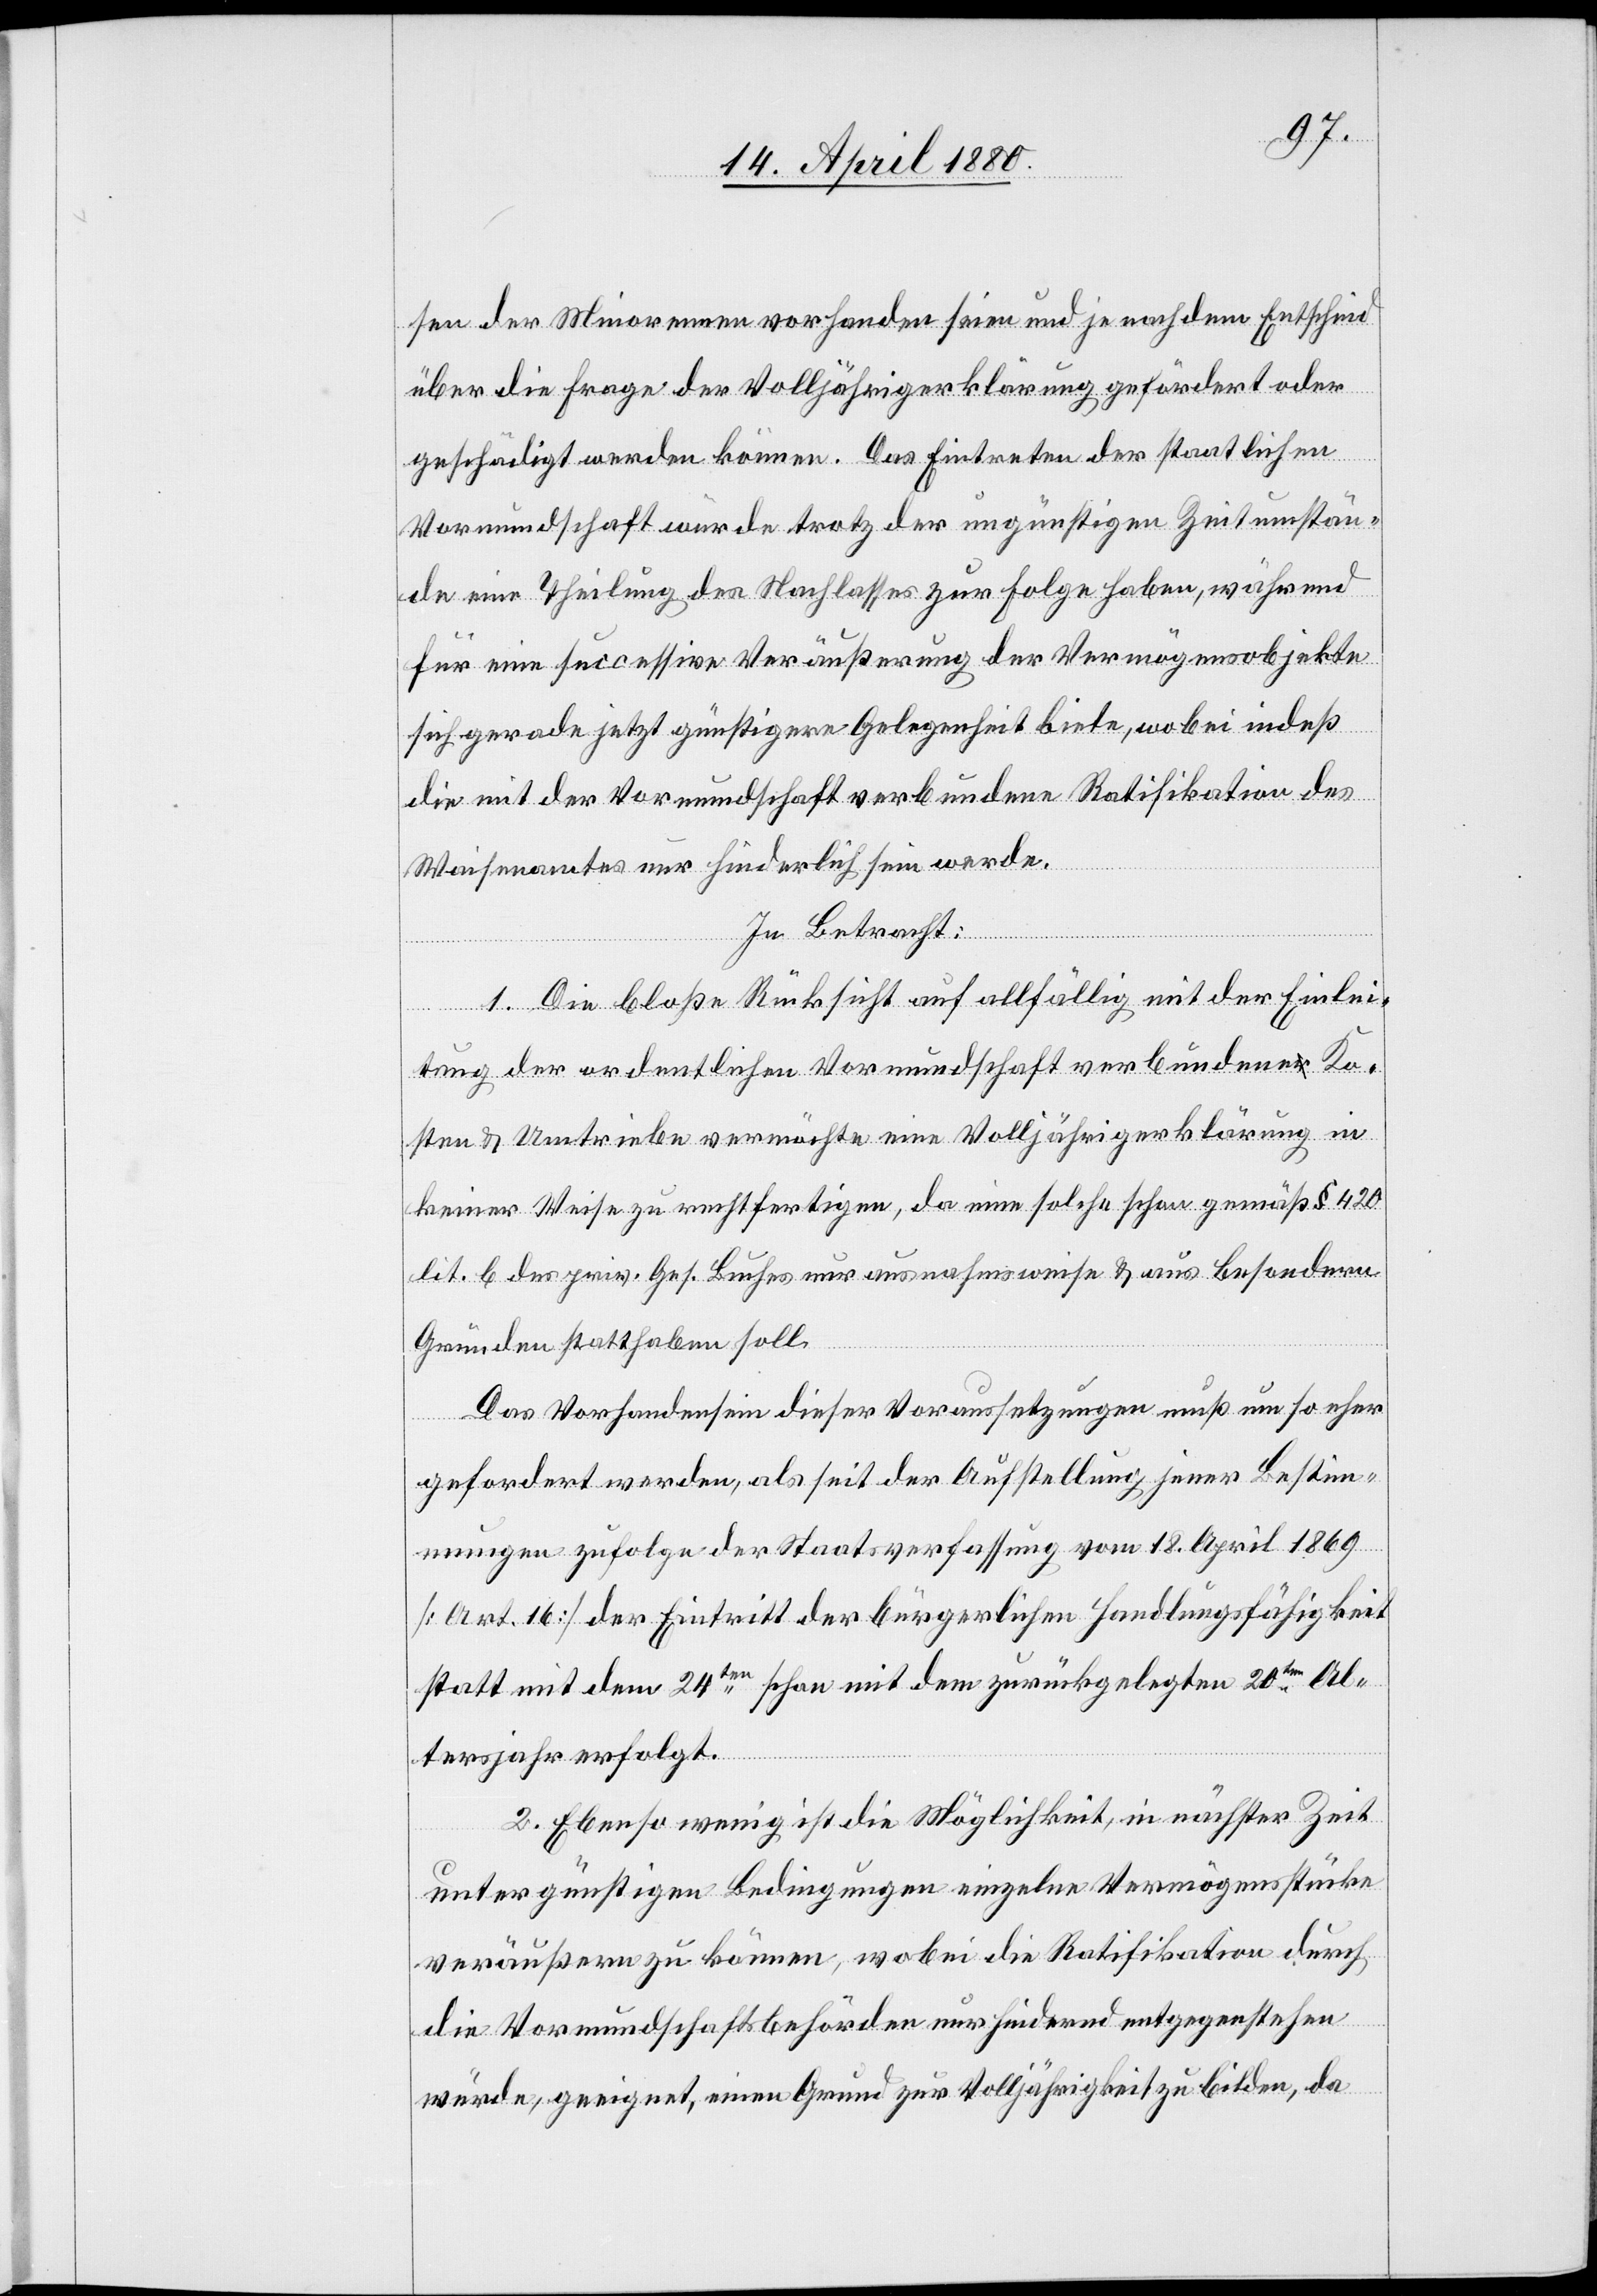
sen der Minorenen vorhanden seien und je nach dem Entscheid
über die Frage der Volljährigkeiterklärung gefördert oder
geschädigt werden können. Das Eintreten der staatlichen
Vormundschaft würde trotz der ungünstigen Zeitumstän¬
de eine Theilung des Nachlasses zur Folge habe, während
für eine successive Veräußerung der Vermögensobjekte
sich gerade jetzt günstigere Gelegenheit biete, wobei indeß
die mit der Vormundschaft verbundene Ratifikation des
Waisenamtes nur hinderlich sein werde.
In Betracht:
1. Die bloße Rücksicht auf allfällig mit der Einlei¬
tung der ordentlichen Vormundschaft verbundene Ko¬
sten & Umtriebe vermöchte eine Volljährigkeitserklärung in
keiner Weise zu rechtfertigen, da eine solche schon gemäß § 420
lit. b des priv. Ges. Buches nur ausnahmsweise & aus besondern
Gründen statthaben soll.
Das Vorhandensein dieser Voraussetzungen muß um so eher
gefordert werden, als seit der Aufstellung jener Bestim¬
mungen zufolge der Staatsverfassung vom 18. April 1869
[Art. 16] der Eintritt der bürgerlichen Handlungsfähigkeit
statt mit dem 24ten schon mit dem zurückgelegten 20ten Al¬
tersjahr erfolgt.
2. Ebenso wenig ist die Möglichkeit, in nächster Zeit
unter günstigen Bedingungen einzelne Vermögensstücke
veräußern zu können, wobei die Ratifikation durch
die Vormundschaftsbehörden nur hindernd entgegenstehen
würde, geeignet, einen Grund zur Volljährigkeit zu bilden, da